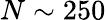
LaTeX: N\sim 250